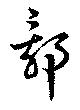
部